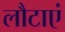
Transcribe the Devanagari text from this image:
लौटाएं